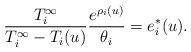
LaTeX: \begin{align*} \frac{T_i^{\infty}}{T_i^{\infty}-T_i(u)}\frac{e^{\rho_i(u)}}{\theta_i}=e^*_i(u). \end{align*}